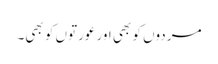
مردوں کو بھی اور عورتوں کو بھی۔